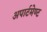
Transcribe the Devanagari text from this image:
अपार्टमेण्ट